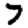
Digit: 7